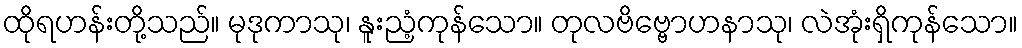
ထိုရဟန်းတို့သည်။ မုဒုကာသု၊ နူးညံ့ကုန်သော။ တုလဗိဗ္ဗောဟနာသု၊ လဲအုံးရှိကုန်သော။